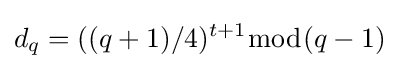
d_{q}=((q+1)/4)^{t+1}{\bmod {(q-1)}}